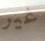
غير